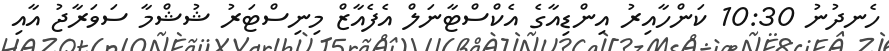
ހެނދުނު 10:30 ކަންހާއިރު އިންޑިއާގެ އެކްސްޓާނަލް އެފެއާޒް މިނިސްޓަރު ޝުޝްމާ ސަވަރާޖު އާއި